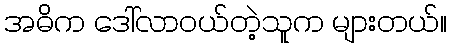
အဓိက ဒေါ်လာဝယ်တဲ့သူက များတယ်။